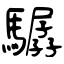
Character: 驏